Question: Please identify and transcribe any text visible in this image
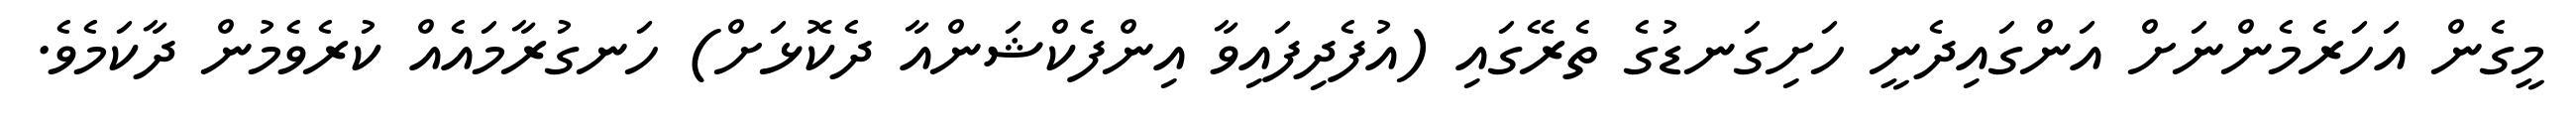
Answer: މީގެން އަހަރެމެންނަށް އަންގައިދެނީ ހަށިގަނޑުގެ ތެރޭގައި (އުފެދިފައިވާ އިންފެކްޝަންއާ ދެކޮޅަށް) ހަނގުރާމައެއް ކުރެވެމުން ދާކަމެވެ.